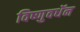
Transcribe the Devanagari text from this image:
विष्णुवधॅन